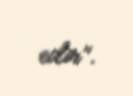
edir”.